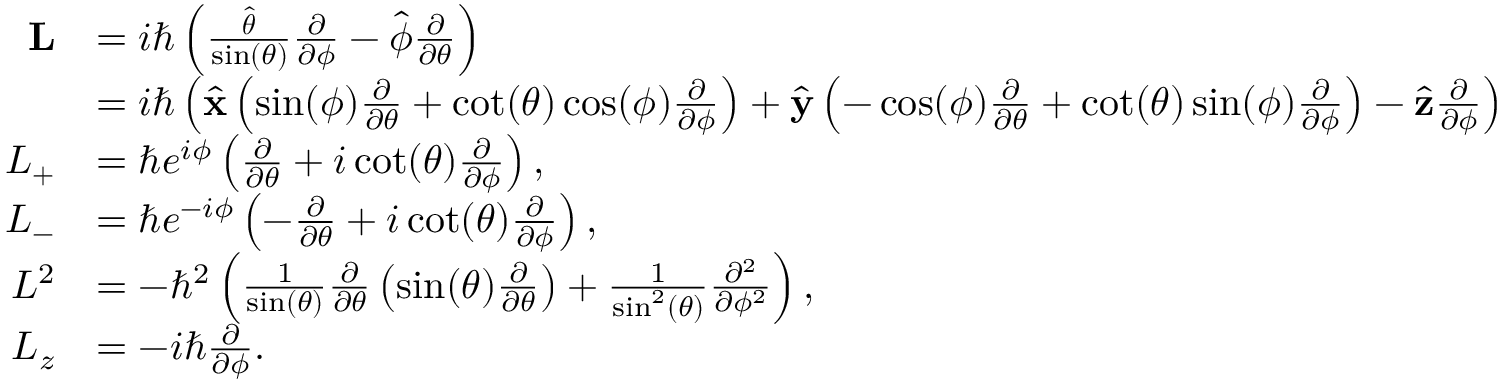
{ \begin{array} { r l } { \mathbf { L } } & { = i \hbar \left( { \frac { \hat { \boldsymbol { \theta } } } { \sin ( \theta ) } } { \frac { \partial } { \partial \phi } } - { \hat { \boldsymbol { \phi } } } { \frac { \partial } { \partial \theta } } \right) } \\ & { = i \hbar \left( { \hat { \mathbf { x } } } \left( \sin ( \phi ) { \frac { \partial } { \partial \theta } } + \cot ( \theta ) \cos ( \phi ) { \frac { \partial } { \partial \phi } } \right) + { \hat { \mathbf { y } } } \left( - \cos ( \phi ) { \frac { \partial } { \partial \theta } } + \cot ( \theta ) \sin ( \phi ) { \frac { \partial } { \partial \phi } } \right) - { \hat { \mathbf { z } } } { \frac { \partial } { \partial \phi } } \right) } \\ { L _ { + } } & { = \hbar e ^ { i \phi } \left( { \frac { \partial } { \partial \theta } } + i \cot ( \theta ) { \frac { \partial } { \partial \phi } } \right) , } \\ { L _ { - } } & { = \hbar e ^ { - i \phi } \left( - { \frac { \partial } { \partial \theta } } + i \cot ( \theta ) { \frac { \partial } { \partial \phi } } \right) , } \\ { L ^ { 2 } } & { = - \hbar ^ { 2 } \left( { \frac { 1 } { \sin ( \theta ) } } { \frac { \partial } { \partial \theta } } \left( \sin ( \theta ) { \frac { \partial } { \partial \theta } } \right) + { \frac { 1 } { \sin ^ { 2 } ( \theta ) } } { \frac { \partial ^ { 2 } } { \partial \phi ^ { 2 } } } \right) , } \\ { L _ { z } } & { = - i \hbar { \frac { \partial } { \partial \phi } } . } \end{array} }